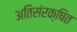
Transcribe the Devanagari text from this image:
अतिसंरक्षित